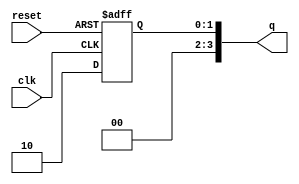
module ring_johnson_counter #(
    parameter n = 4  // Specify the number of bits in the counter
) (
    input wire clk,          // Clock input
    input wire reset,        // Asynchronous reset
    output reg [n-1:0] q     // Counter output
);

    // Initial state of the counter
    initial begin
        q = 0;  // Start with all bits set to 0
    end

    always @(posedge clk or posedge reset) begin
        if (reset) begin
            q <= 0;  // Reset the counter to 0
        end else begin
            // Johnson counter logic
            q <= {~q[n-1], q[n-1:n-1]};  // Shift and feedback
        end
    end
endmodule